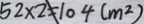
5 2 \times 2 \neq 1 0 4 ( m ^ { 2 } )